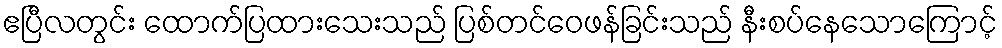
ဧပြီလတွင်း ထောက်ပြထားသေးသည် ပြစ်တင်ဝေဖန်ခြင်းသည် နီးစပ်နေသောကြောင့်